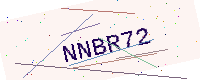
Text: NNBR72